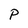
Character: P